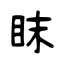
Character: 眜